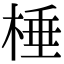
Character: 棰